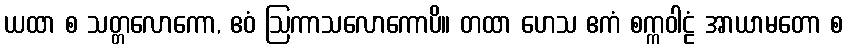
ယထာ စ သတ္တလောကော, ဧဝံ ဩကာသလောကောပိ။ တထာ ဟေသ ဧကံ စက္ကဝါဠံ အာယာမတော စ